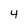
Character: 4